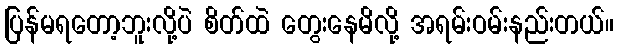
ပြန်မရတော့ဘူးလို့ပဲ စိတ်ထဲ တွေးနေမိလို့ အရမ်းဝမ်းနည်းတယ်။